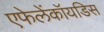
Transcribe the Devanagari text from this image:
एफेलेंकॉयडिस